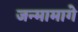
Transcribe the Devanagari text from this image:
जन्मामागे